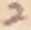
Text: 2